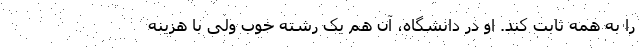
را به همه ثابت کند. او در دانشگاه، آن هم یک رشته خوب ولی با هزینه